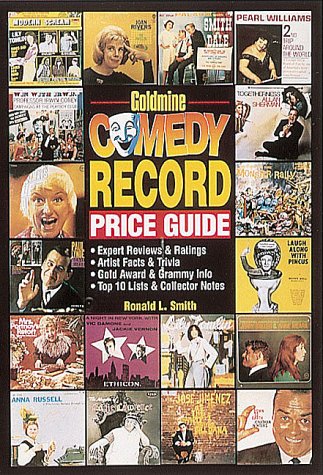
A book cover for Goldmine Comedy Record Price Guide; Ronald L. Smith; Crafts, Hobbies & Home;